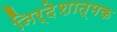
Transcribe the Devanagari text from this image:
निर्देशात्‍मक